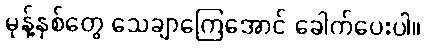
မုန့်နှစ်တွေ သေချာကြေအောင် ခေါက်ပေးပါ။